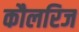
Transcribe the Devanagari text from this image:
कौलरिज